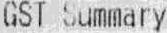
GST SUMMARY